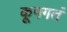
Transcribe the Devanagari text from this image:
कूपगतं